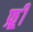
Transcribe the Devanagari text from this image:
फ्र्र्र्री